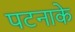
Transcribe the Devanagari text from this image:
पटनाके